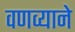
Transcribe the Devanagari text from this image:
वणव्याने